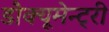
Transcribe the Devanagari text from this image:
डौक्यूमेन्ट्री